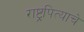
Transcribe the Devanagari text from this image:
राष्ट्रपित्याचे